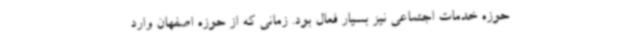
حوزه خدمات اجتماعی نیز بسیار فعال بود. زمانی که از حوزه اصفهان وارد